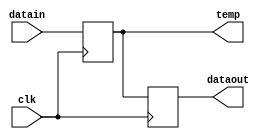
module four_bit_pipo(
    input [3:0]datain,
    input clk,
    output reg [3:0]dataout,
    output reg [3:0]temp
);
initial begin
    temp=4'b0000;
end 
always @(negedge clk) begin
        temp<=datain;
        dataout=temp;   
    end
endmodule